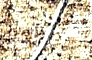
أوصله